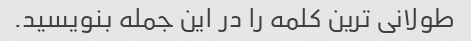
طولانی ترین کلمه را در این جمله بنویسید.